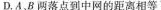
D.A ,B两落点到中网的距离相等